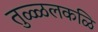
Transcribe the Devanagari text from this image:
तुळ्ळलकळि